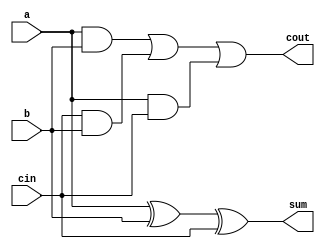
module fadd( 
    input a, b, cin,
    output cout, sum );
	assign sum=a^b^cin;
    assign cout=(a&b)|(cin&b)|(a&cin) ;
endmodule

module top_module( 
    input [2:0] a, b,
    input cin,
    output [2:0] cout,
    output [2:0] sum );
    fadd mod1(a[0],b[0],cin,cout[0],sum[0]);
    fadd mod2(a[1],b[1],cout[0],cout[1],sum[1]);
    fadd mod3(a[2],b[2],cout[1],cout[2],sum[2]);
endmodule